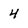
Character: 4